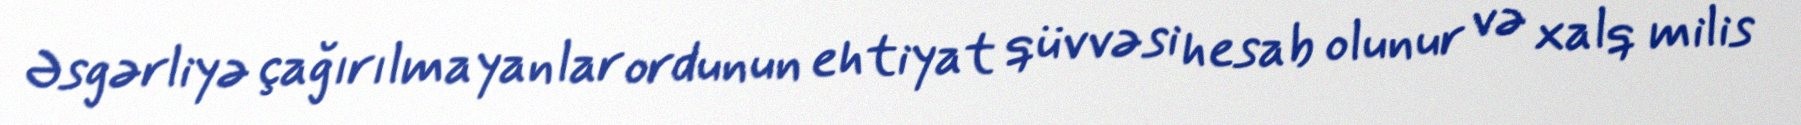
Əsgərliyə çağırılmayanlar ordunun ehtiyat qüvvəsi hesab olunur və xalq milis